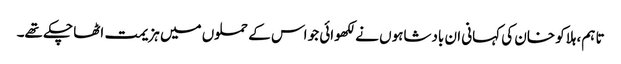
تا ہم، ہلاکو خان کی کہانی ان بادشاہوں نے لکھوائی جو اس کے حملوں میں ہزیمت اٹھا چکے تھے۔